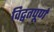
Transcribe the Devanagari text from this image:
विद्वतपूर्ण